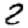
Digit: 2